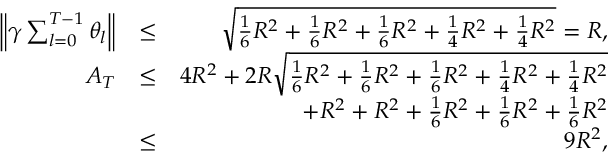
\begin{array} { r l r } { \left\| \gamma \sum _ { l = 0 } ^ { T - 1 } \theta _ { l } \right\| } & { \leq } & { \sqrt { \frac { 1 } { 6 } R ^ { 2 } + \frac { 1 } { 6 } R ^ { 2 } + \frac { 1 } { 6 } R ^ { 2 } + \frac { 1 } { 4 } R ^ { 2 } + \frac { 1 } { 4 } R ^ { 2 } } = R , } \\ { A _ { T } } & { \leq } & { 4 R ^ { 2 } + 2 R \sqrt { \frac { 1 } { 6 } R ^ { 2 } + \frac { 1 } { 6 } R ^ { 2 } + \frac { 1 } { 6 } R ^ { 2 } + \frac { 1 } { 4 } R ^ { 2 } + \frac { 1 } { 4 } R ^ { 2 } } } \\ & { } & { \quad + R ^ { 2 } + R ^ { 2 } + \frac { 1 } { 6 } R ^ { 2 } + \frac { 1 } { 6 } R ^ { 2 } + \frac { 1 } { 6 } R ^ { 2 } } \\ & { \leq } & { 9 R ^ { 2 } , } \end{array}